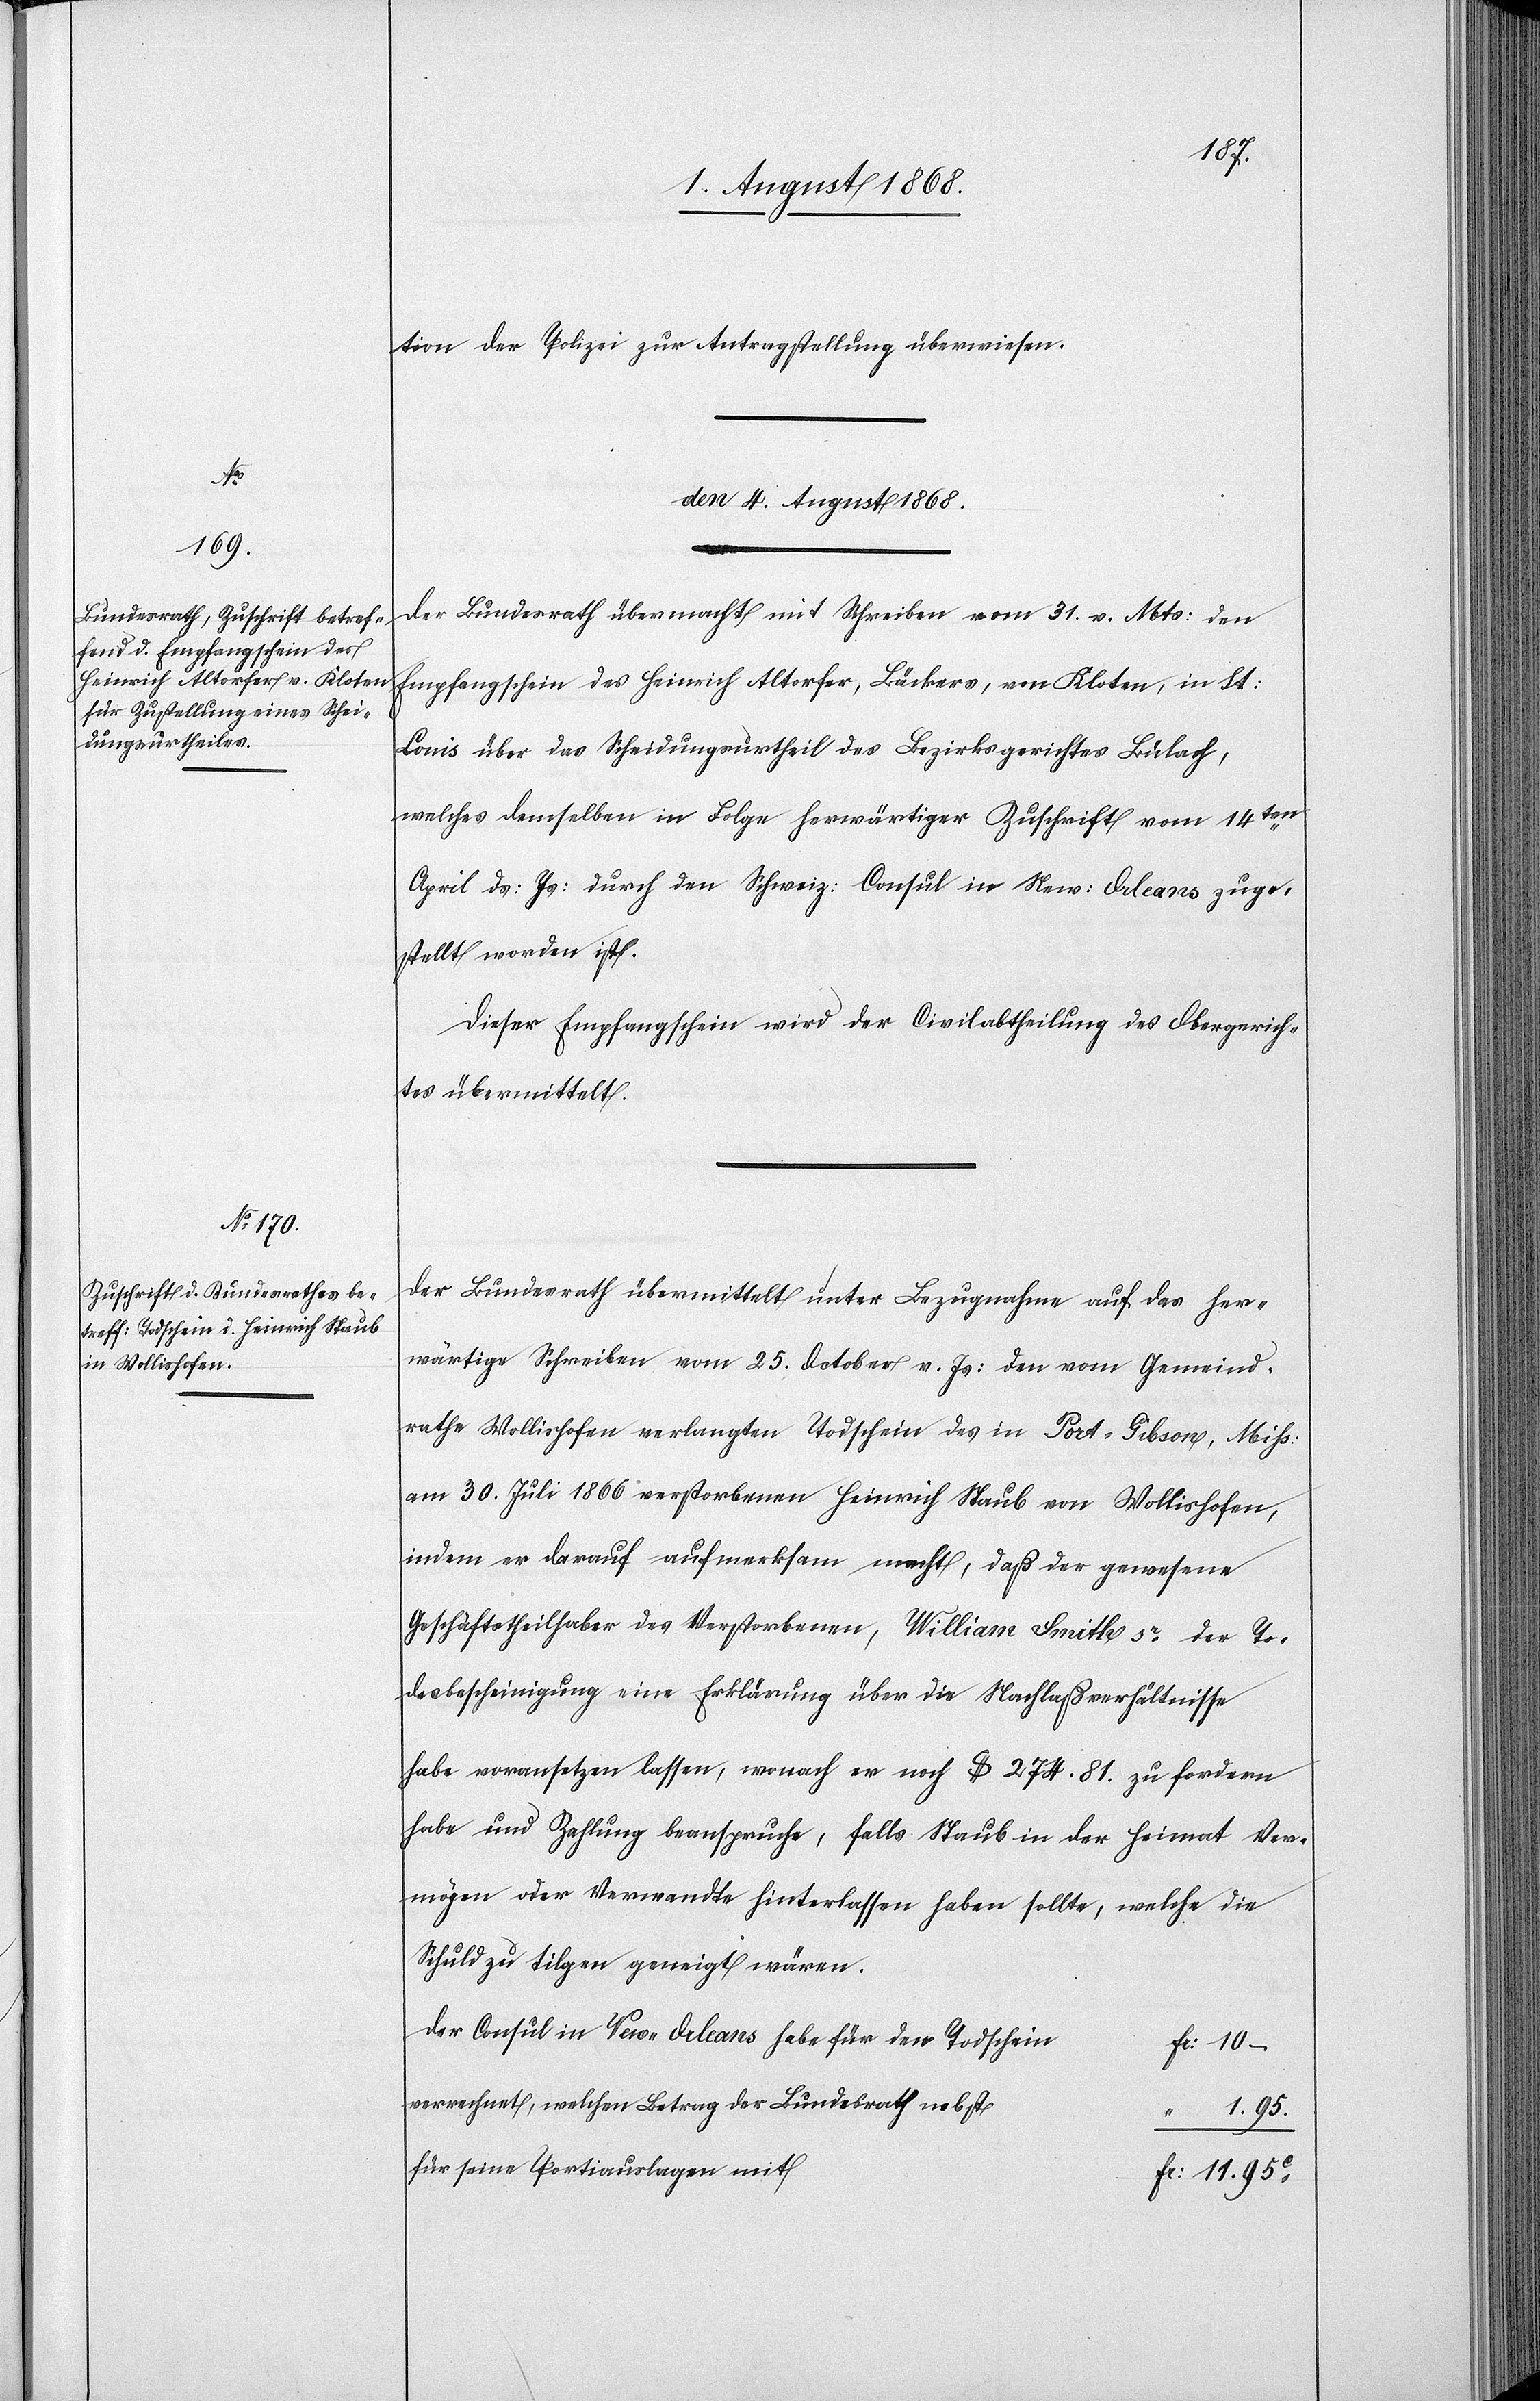
tion der Polizei zur Antragstellung überwiesen.
den 4. August 1868.]
Der Bundesrath übermacht mit Schreiben vom 31. v. Mts: den
Empfangschein des Heinrich Altorfer, Bäckers, von Kloten, in St:
Louis über das Scheidungsurtheil des Bezirksgerichtes Bülach,
welches demselben in Folge herwärtiger Zuschrift vom 14ten
April ds: Js: durch den Schweiz: Consul in New: Orleans zuge¬
stellt worden ist.
Dieser Empfangschein wird der Civilabtheilung des Obergerich¬
tes übermittelt.
Der Bundesrath übermittelt unter Bezugnahme auf das her¬
wärtige Schreiben vom 25. October v. Js: den vom Gemeind¬
rathe Wollishofen verlangten Todschein des in Port-Gibson, Miss:
am 30. Juli 1866 verstorbenen Heinrich Staub von Wollishofen,
indem er darauf aufmerksam macht, daß der gewesene
Geschäftstheilhaber des Verstorbenen, William Smith sr der To¬
desbescheinigung eine Erklärung über die Nachlaßverhältnisse
habe voransetzen lassen, wonach er noch $ 274. 81. zu fordern
habe und Zahlung beanspruche, falls Staub in der Heimat Ver¬
mögen oder Verwandte hinterlassen haben sollte, welche die
Schuld zu tilgen geneigt wären.
Der Consul in New-Orleans habe für den Todschein
Fr: 10 –
verrechnet, welchen Betrag der Bundesrath nebst
“ 1. 95.
für seine Portiauslagen mit
Fr: 11. 95c